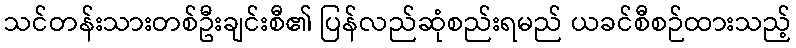
သင်တန်းသားတစ်ဦးချင်းစီ၏ ပြန်လည်ဆုံစည်းရမည် ယခင်စီစဉ်ထားသည့်